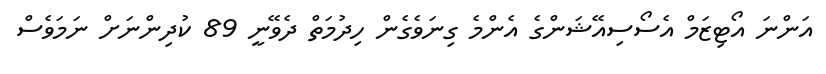
އަންނަ އޯޓިޒަމް އެސޯސިއޭޝަންގެ އެންމެ ގިނަވެގެން ހިދުމަތް ދެވޭނީ 89 ކުދިންނަށް ނަމަވެސް